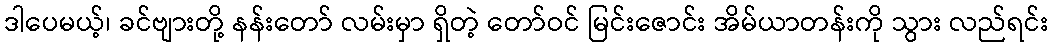
ဒါပေမယ့်၊ ခင်ဗျားတို့ နန်းတော် လမ်းမှာ ရှိတဲ့ တော်ဝင် မြင်းဇောင်း အိမ်ယာတန်းကို သွား လည်ရင်း